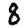
Digit: 8